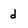
Character: d